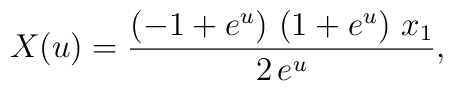
X(u)=  {{\left( -1 + {e^u} \right) \,\left( 1 + {e^u} \right) \,{x_1}}\over    {2\,{e^u}}},